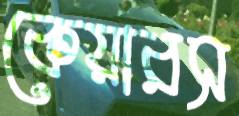
কেয়ারস